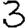
Digit: 3